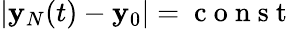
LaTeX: |{\mathbf y}_{N}(t)-{\mathbf y}_{0}|=\mathrm{~c~o~n~s~t~}